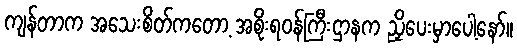
ကျန်တာက အသေးစိတ်ကတော့ အစိုးရဝန်ကြီးဌာနက ညှိပေးမှာပေါ့နော်။